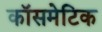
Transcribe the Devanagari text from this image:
कॉसमेटिक